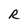
Character: R